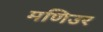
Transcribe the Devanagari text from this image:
मणिउर